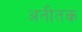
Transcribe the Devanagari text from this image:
अतीतक